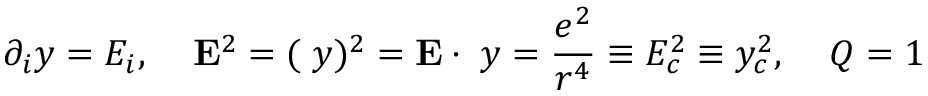
\partial _ { i } y = E _ { i } , \; \; \; \; { \bf E } ^ { 2 } = ( { \bf \nabla } y ) ^ { 2 } = { \bf E } \cdot { \bf \nabla } y = \frac { e ^ { 2 } } { r ^ { 4 } } \equiv E _ { c } ^ { 2 } \equiv y _ { c } ^ { 2 } , \; \; \; \; Q = 1